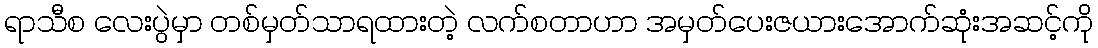
ရာသီစ လေးပွဲမှာ တစ်မှတ်သာရထားတဲ့ လက်စတာဟာ အမှတ်ပေးဇယားအောက်ဆုံးအဆင့်ကို